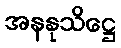
အနနုသိဋ္ဌေ